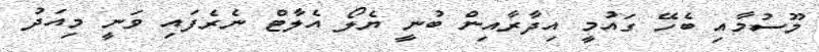
މޫސުމާއި ބެހޭ ގައުމީ އިދާރާއިން ބުނީ ޔެލޯ އެލާޓް ނެރެފައި ވަނީ މިއަދު